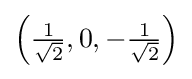
\left({\tfrac {1}{\sqrt {2}}},0,-{\tfrac {1}{\sqrt {2}}}\right)